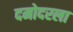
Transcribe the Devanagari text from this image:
दमोदरला